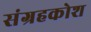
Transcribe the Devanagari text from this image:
संग्रहकोश